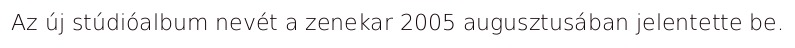
Az új stúdióalbum nevét a zenekar 2005 augusztusában jelentette be.